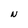
Character: N